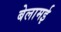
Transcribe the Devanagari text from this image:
बेलामई